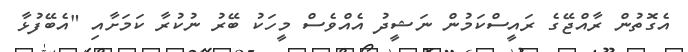
އެގޮތުން ރާއްޖޭގެ ރައީސްކަމުން ނަޝީދު އެއްވެސް މީހަކު ބޭރު ނުކުރާ ކަމަށާއި "އެބޭފުޅާ